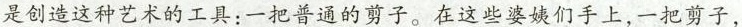
是创造这种艺术的工具；一把普通的剪子。在这些婆姨们手上，一把剪子，